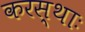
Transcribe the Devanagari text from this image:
करस्थाः